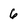
Character: 6